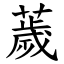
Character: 薉